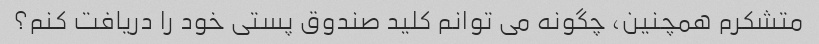
متشکرم همچنین، چگونه می توانم کلید صندوق پستی خود را دریافت کنم؟